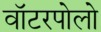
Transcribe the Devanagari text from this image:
वॉटरपोलो